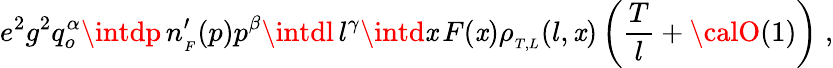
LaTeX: e^{2}g^{2}q_{o}^{\alpha}\intdp\, n_{_{F}}^{\prime}(p)p^{\beta}\intdl\, l^{\gamma}\intd\mathit{x}\, F(\mathit{x})\rho_{_{T,L}}(l,\mathit{x})\left({\frac{{T}}{{l}}}+{\calO}(1)\right)\; ,